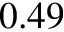
0 . 4 9